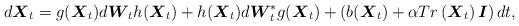
LaTeX: \begin{align*}d\boldsymbol{X}_t=g(\boldsymbol{X}_t)d\boldsymbol{W}_th(\boldsymbol{X}_t)+h(\boldsymbol{X}_t)d\boldsymbol{W}_t^*g(\boldsymbol{X}_t)+\left(b(\boldsymbol{X}_t)+\alpha Tr\left(\boldsymbol{X}_t\right)\boldsymbol{I}\right)dt,\end{align*}